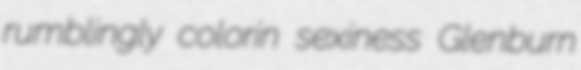
rumblingly colorin sexiness Glenburn